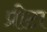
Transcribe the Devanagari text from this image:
प्रीटा